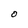
Character: o